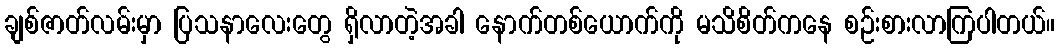
ချစ်ဇာတ်လမ်းမှာ ပြသနာလေးတွေ ရှိလာတဲ့အခါ နောက်တစ်ယောက်ကို မသိစိတ်ကနေ စဉ်းစားလာကြပါတယ်။